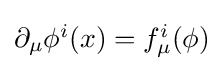
{\textstyle \partial _{\mu }\phi ^{i}(x)=f_{\mu }^{i}(\phi )}